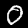
Digit: 0